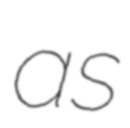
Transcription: as